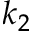
k _ { 2 }